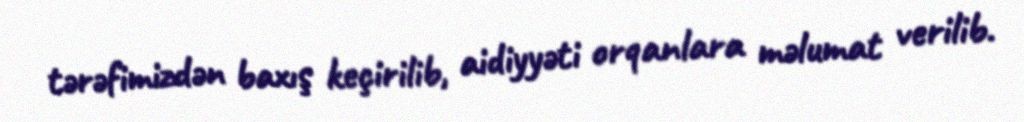
tərəfimizdən baxış keçirilib, aidiyyəti orqanlara məlumat verilib.